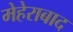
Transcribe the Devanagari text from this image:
मेहेराबाद